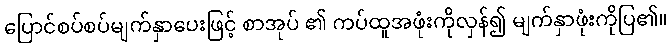
ပြောင်စပ်စပ်မျက်နှာပေးဖြင့် စာအုပ် ၏ ကပ်ထူအဖုံးကိုလှန်၍ မျက်နှာဖုံးကိုပြ၏။